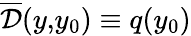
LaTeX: \overline{{\cal D}}(y,\! y_{0})\equiv q(y_{0})